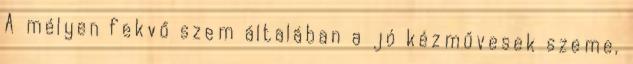
A mélyen fekvő szem általában a jó kézművesek szeme,